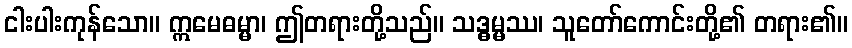
ငါးပါးကုန်သော။ ဣမေဓမ္မာ၊ ဤတရားတို့သည်။ သဒ္ဓမ္မဿ၊ သူတော်ကောင်းတို့၏ တရား၏။